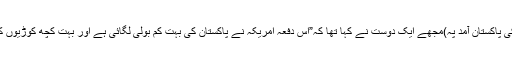
( بےنظیر زرداری کی پاکستان آمد پہ)مجھے ایک دوست نے کہا تھا کہ”اس دفعہ امریکہ نے پاکستان کی بہت کم بولی لگائی ہے اور بہت کچھ کوڑیوں کے بھاؤ خرید لیا ہے۔